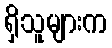
ရှိသူများက